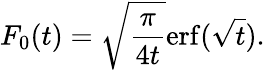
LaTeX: F_{0}(t)=\sqrt{\frac{\pi}{4t}}\mathrm{erf}(\sqrt{t}).